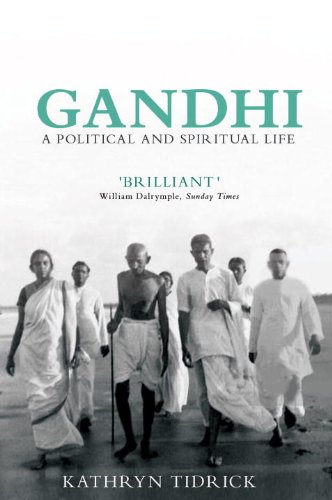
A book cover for Gandhi: A Political and Spiritual Life; Kathryn Tidrick; Religion & Spirituality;